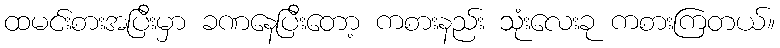
ထမင်းစားအပြီးမှာ ခဏနေပြီးတော့ ကစားနည်း သုံးလေးခု ကစားကြတယ်။